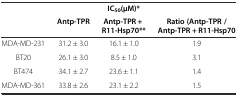
<table><thead><tr><td></td><td></td><td><b>IC<sub>50</sub>(μM)*</b></td><td></td></tr><tr><td></td><td><b>Antp-TPR</b></td><td><b>Antp-TPR + R11-Hsp70**</b></td><td><b>Ratio (Antp-TPR / Antp-TPR + R11-Hsp70</b></td></tr></thead><tbody><tr><td>MDA-MD-231</td><td>31.2 ± 3.0</td><td>16.1 ± 1.0</td><td>1.9</td></tr><tr><td>BT20</td><td>26.1 ± 3.0</td><td>8.5 ± 1.0</td><td>3.1</td></tr><tr><td>BT474</td><td>34.1 ± 2.7</td><td>23.6 ± 1.1</td><td>1.4</td></tr><tr><td>MDA-MD-361</td><td>33.8 ± 2.6</td><td>23.1 ± 2.2</td><td>1.5</td></tr></tbody></table>